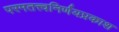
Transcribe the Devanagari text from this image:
परमतत्त्वनिर्णयप्रकाश